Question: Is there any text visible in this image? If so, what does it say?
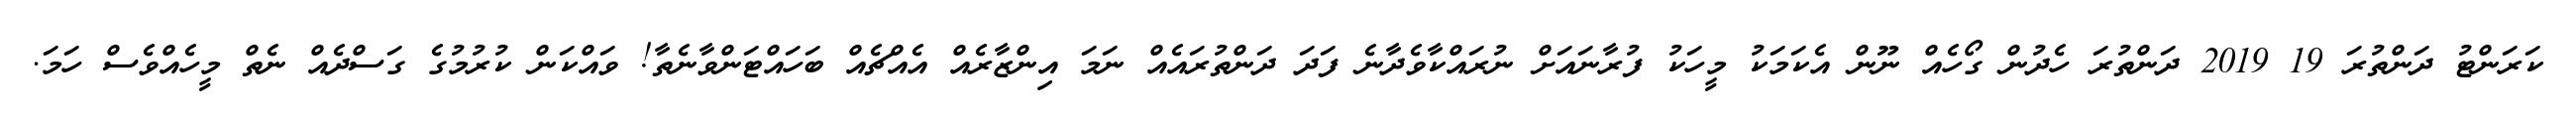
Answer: ކަރަންޓު ދަންތުރަ 19 2019 ދަންތުރަ ހެދުން ގޯހެއް ނޫން އެކަމަކު މީހަކު ފުރާނައަށް ނުރައްކާވެދާނެ ފަދަ ދަންތުރައެއް ނަމަ އިންޒާރެއް އެއްޗެއް ބަހައްޓަންވާނެތާ! ވައްކަން ކުރުމުގެ ގަސްދެއް ނެތް މީހެއްވެސް ހަމަ.